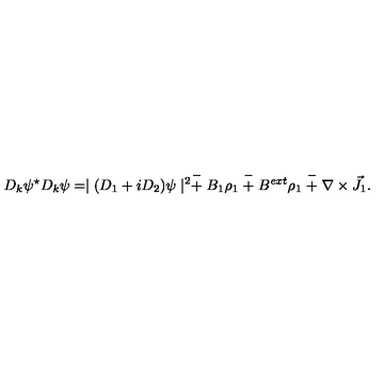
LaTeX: D _ { k } \psi ^ { \star } D _ { k } \psi = \mid ( D _ { 1 } + i D _ { 2 } ) \psi \mid ^ { 2 } \stackrel { - } { + } B _ { 1 } \rho _ { 1 } \stackrel { - } { + } B ^ { e x t } \rho _ { 1 } \stackrel { - } { + } \nabla \times \vec { J } _ { 1 } .